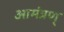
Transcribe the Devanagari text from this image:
आमंत्रण्